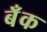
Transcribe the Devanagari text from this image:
बॅँक